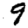
Digit: 9